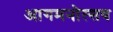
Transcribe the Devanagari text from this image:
आगमनोत्सव